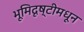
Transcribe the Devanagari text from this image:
भूमिदृष्टीमधून